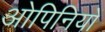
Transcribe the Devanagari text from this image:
ओपिनियों